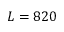
L = 8 2 0